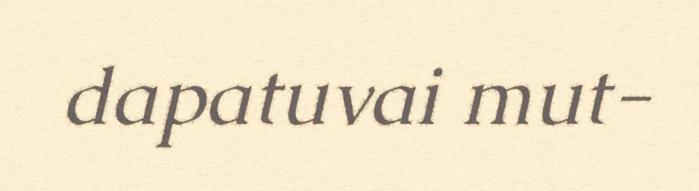
dapatuvai mut-